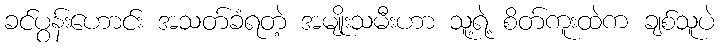
ခင်ပွန်းဟောင်း အသတ်ခံရတဲ့ အမျိုးသမီးဟာ သူ့ရဲ့ စိတ်ကူးထဲက ချစ်သူပဲ